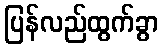
ပြန်လည်ထွက်ခွာ